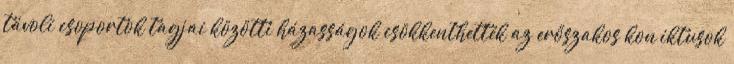
távoli csoportok tagjai közötti házasságok csökkenthették az erőszakos konﬂiktusok